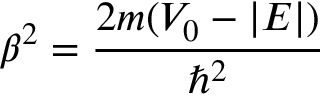
\beta ^ { 2 } = { \frac { 2 m ( V _ { 0 } - | E | ) } { \hbar ^ { 2 } } }